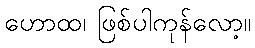
ဟောထ၊ ဖြစ်ပါကုန်လော့။